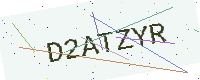
Text: D2ATZYR